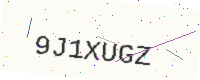
Text: 9J1XUGZ